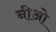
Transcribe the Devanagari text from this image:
नीओ